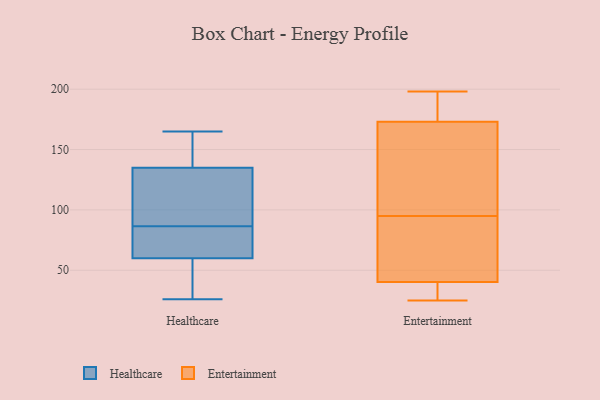
{"axis": {"x": "Churn Rate (%)", "y": "Value"}, "legend": ["Entertainment", "Healthcare"], "data": [{"x": "", "y": 125, "type": "Healthcare"}, {"x": "", "y": 142, "type": "Healthcare"}, {"x": "", "y": 165, "type": "Healthcare"}, {"x": "", "y": 128, "type": "Healthcare"}, {"x": "", "y": 163, "type": "Healthcare"}, {"x": "", "y": 26, "type": "Healthcare"}, {"x": "", "y": 65, "type": "Healthcare"}, {"x": "", "y": 34, "type": "Healthcare"}, {"x": "", "y": 69, "type": "Healthcare"}, {"x": "", "y": 95, "type": "Healthcare"}, {"x": "", "y": 78, "type": "Healthcare"}, {"x": "", "y": 55, "type": "Healthcare"}, {"x": "", "y": 37, "type": "Entertainment"}, {"x": "", "y": 70, "type": "Entertainment"}, {"x": "", "y": 161, "type": "Entertainment"}, {"x": "", "y": 174, "type": "Entertainment"}, {"x": "", "y": 25, "type": "Entertainment"}, {"x": "", "y": 170, "type": "Entertainment"}, {"x": "", "y": 50, "type": "Entertainment"}, {"x": "", "y": 190, "type": "Entertainment"}, {"x": "", "y": 84, "type": "Entertainment"}, {"x": "", "y": 198, "type": "Entertainment"}, {"x": "", "y": 34, "type": "Entertainment"}, {"x": "", "y": 148, "type": "Entertainment"}, {"x": "", "y": 183, "type": "Entertainment"}, {"x": "", "y": 95, "type": "Entertainment"}, {"x": "", "y": 32, "type": "Entertainment"}]}